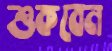
শুকবেন